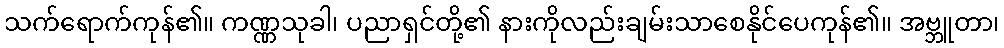
သက်ရောက်ကုန်၏။ ကဏ္ဏသုခါ၊ ပညာရှင်တို့၏ နားကိုလည်းချမ်းသာစေနိုင်ပေကုန်၏။ အဗ္ဘူတာ၊